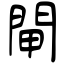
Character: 閘